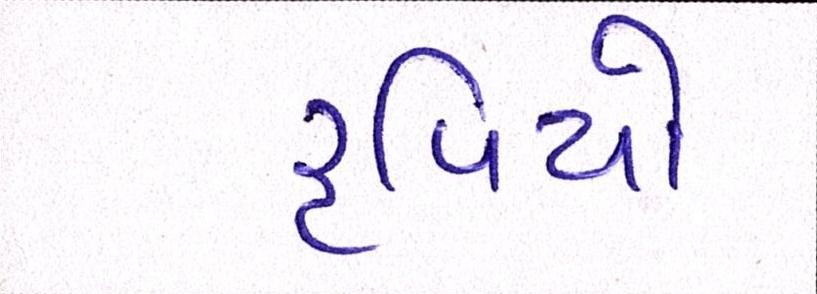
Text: રૃપિયો